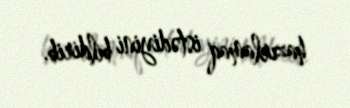
hazırlamaq istədiyini bildirib.